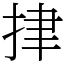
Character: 𢫫